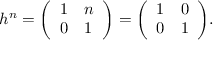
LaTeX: h ^ { n } = { \left( \begin{array} { l l } { 1 } & { n } \\ { 0 } & { 1 } \end{array} \right) } = { \left( \begin{array} { l l } { 1 } & { 0 } \\ { 0 } & { 1 } \end{array} \right) } .